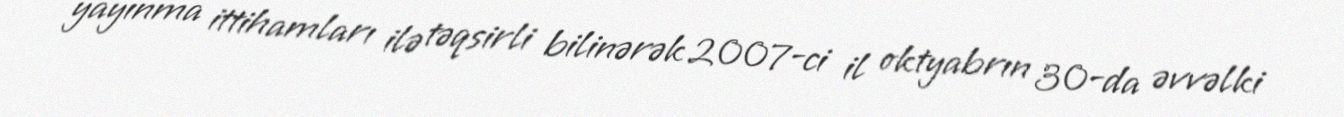
yayınma ittihamları ilə təqsirli bilinərək 2007-ci il oktyabrın 30-da əvvəlki